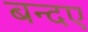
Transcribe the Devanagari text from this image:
बन्दए